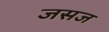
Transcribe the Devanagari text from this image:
जसज